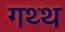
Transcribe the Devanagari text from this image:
गथ्थ